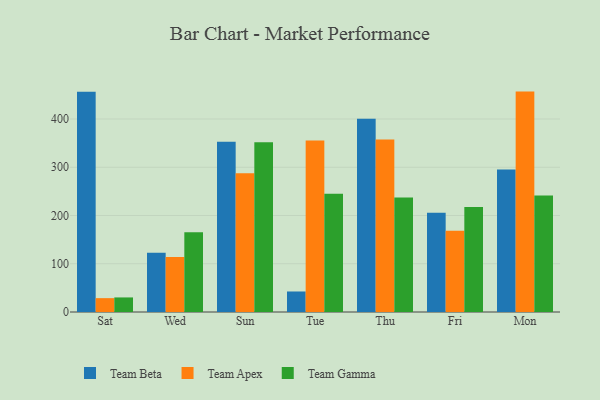
{"axis": {"x": "Day", "y": "Satisfaction Score"}, "legend": ["Team Apex", "Team Beta", "Team Gamma"], "data": [{"x": "Sat", "y": 456.5, "type": "Team Beta"}, {"x": "Sat", "y": 28.7, "type": "Team Apex"}, {"x": "Sat", "y": 30.2, "type": "Team Gamma"}, {"x": "Wed", "y": 122.8, "type": "Team Beta"}, {"x": "Wed", "y": 114.2, "type": "Team Apex"}, {"x": "Wed", "y": 165.3, "type": "Team Gamma"}, {"x": "Sun", "y": 352.7, "type": "Team Beta"}, {"x": "Sun", "y": 287.7, "type": "Team Apex"}, {"x": "Sun", "y": 351.8, "type": "Team Gamma"}, {"x": "Tue", "y": 42.5, "type": "Team Beta"}, {"x": "Tue", "y": 355.6, "type": "Team Apex"}, {"x": "Tue", "y": 245.2, "type": "Team Gamma"}, {"x": "Thu", "y": 400.5, "type": "Team Beta"}, {"x": "Thu", "y": 357.5, "type": "Team Apex"}, {"x": "Thu", "y": 237.2, "type": "Team Gamma"}, {"x": "Fri", "y": 205.8, "type": "Team Beta"}, {"x": "Fri", "y": 168.6, "type": "Team Apex"}, {"x": "Fri", "y": 217.7, "type": "Team Gamma"}, {"x": "Mon", "y": 295.4, "type": "Team Beta"}, {"x": "Mon", "y": 456.8, "type": "Team Apex"}, {"x": "Mon", "y": 241.5, "type": "Team Gamma"}]}